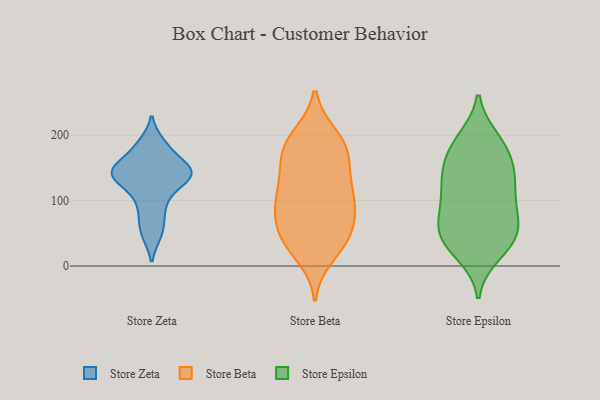
{"axis": {"x": "Production Output", "y": "Value"}, "legend": ["Store Beta", "Store Epsilon", "Store Zeta"], "data": [{"x": "", "y": 144, "type": "Store Zeta"}, {"x": "", "y": 147, "type": "Store Zeta"}, {"x": "", "y": 106, "type": "Store Zeta"}, {"x": "", "y": 77, "type": "Store Zeta"}, {"x": "", "y": 48, "type": "Store Zeta"}, {"x": "", "y": 188, "type": "Store Zeta"}, {"x": "", "y": 169, "type": "Store Zeta"}, {"x": "", "y": 127, "type": "Store Zeta"}, {"x": "", "y": 140, "type": "Store Zeta"}, {"x": "", "y": 143, "type": "Store Zeta"}, {"x": "", "y": 184, "type": "Store Beta"}, {"x": "", "y": 176, "type": "Store Beta"}, {"x": "", "y": 43, "type": "Store Beta"}, {"x": "", "y": 75, "type": "Store Beta"}, {"x": "", "y": 115, "type": "Store Beta"}, {"x": "", "y": 44, "type": "Store Beta"}, {"x": "", "y": 124, "type": "Store Beta"}, {"x": "", "y": 198, "type": "Store Beta"}, {"x": "", "y": 70, "type": "Store Beta"}, {"x": "", "y": 41, "type": "Store Beta"}, {"x": "", "y": 98, "type": "Store Beta"}, {"x": "", "y": 80, "type": "Store Beta"}, {"x": "", "y": 150, "type": "Store Beta"}, {"x": "", "y": 178, "type": "Store Beta"}, {"x": "", "y": 115, "type": "Store Beta"}, {"x": "", "y": 196, "type": "Store Beta"}, {"x": "", "y": 16, "type": "Store Beta"}, {"x": "", "y": 97, "type": "Store Beta"}, {"x": "", "y": 33, "type": "Store Beta"}, {"x": "", "y": 156, "type": "Store Beta"}, {"x": "", "y": 102, "type": "Store Epsilon"}, {"x": "", "y": 27, "type": "Store Epsilon"}, {"x": "", "y": 41, "type": "Store Epsilon"}, {"x": "", "y": 184, "type": "Store Epsilon"}, {"x": "", "y": 137, "type": "Store Epsilon"}, {"x": "", "y": 88, "type": "Store Epsilon"}, {"x": "", "y": 143, "type": "Store Epsilon"}, {"x": "", "y": 97, "type": "Store Epsilon"}, {"x": "", "y": 141, "type": "Store Epsilon"}, {"x": "", "y": 66, "type": "Store Epsilon"}, {"x": "", "y": 194, "type": "Store Epsilon"}, {"x": "", "y": 52, "type": "Store Epsilon"}, {"x": "", "y": 44, "type": "Store Epsilon"}, {"x": "", "y": 18, "type": "Store Epsilon"}, {"x": "", "y": 45, "type": "Store Epsilon"}, {"x": "", "y": 69, "type": "Store Epsilon"}, {"x": "", "y": 172, "type": "Store Epsilon"}, {"x": "", "y": 190, "type": "Store Epsilon"}, {"x": "", "y": 118, "type": "Store Epsilon"}, {"x": "", "y": 146, "type": "Store Epsilon"}]}